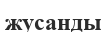
жусанды